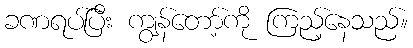
ခဏရပ်ပြီး ကျွန်တော့်ကို ကြည့်နေသည်။